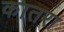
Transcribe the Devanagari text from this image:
कातरा